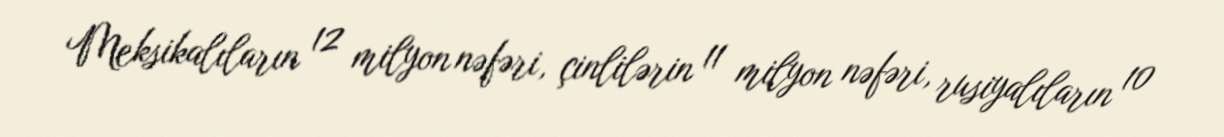
Meksikalıların 12 milyon nəfəri, çinlilərin 11 milyon nəfəri, rusiyalıların 10